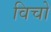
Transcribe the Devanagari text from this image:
विचो